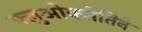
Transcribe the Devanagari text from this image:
फ्लुओक्सेतिने